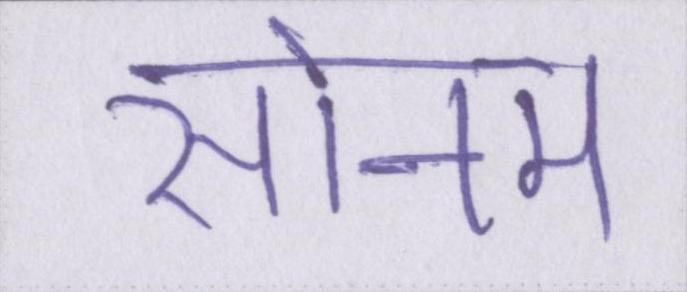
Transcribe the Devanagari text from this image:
सोनम